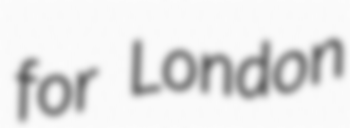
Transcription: for London